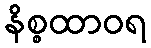
နိစ္စထာဝရ